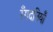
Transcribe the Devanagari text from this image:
रँगदनियाँ